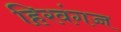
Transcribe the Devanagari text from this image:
हिरवंगच्च